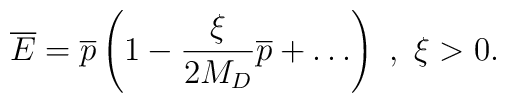
{\overline E} = {\overline p}\left(1 -\frac{\xi}{2M_D}{\overline p} + \dots \right)~, ~\xi >0.